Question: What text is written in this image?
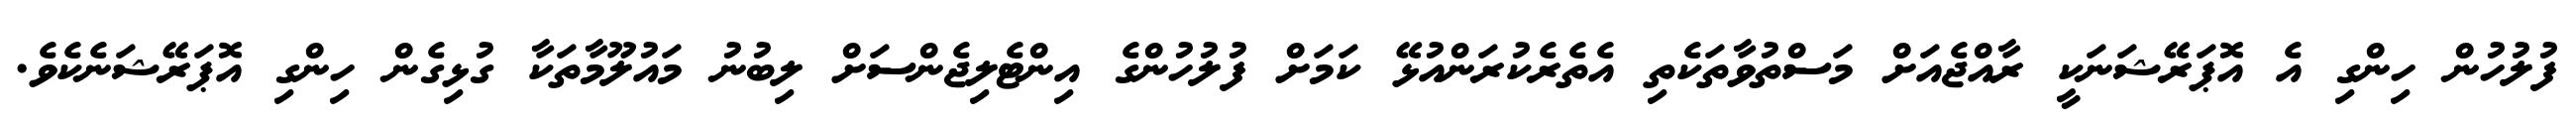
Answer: ފުލުހުން ހިންގި އެ އޮޕަރޭޝަނަކީ ރާއްޖެއަށް މަސްތުވާތަކެތި އެތެރެކުރަންއުޅޭ ކަމަށް ފުލުހުންގެ އިންޓެލިޖެންސަށް ލިބުނު މައުލޫމާތަކާ ގުޅިގެން ހިންގި އޮޕަރޭޝަނެކެވެ.